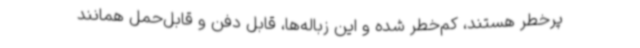
پرخطر هستند، کم‌خطر شده و این زباله‌ها، قابل دفن و قابل‌حمل همانند